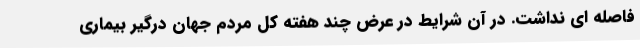
فاصله ای نداشت. در آن شرایط در عرض چند هفته کل مردم جهان درگیر بیماری